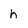
Character: h